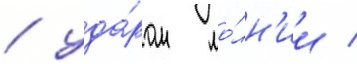
/ уда́ром мо́лн'ии /